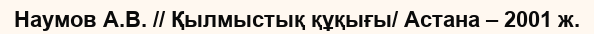
Наумов А.В. // Қылмыстық құқығы/ Астана – 2001 ж.